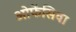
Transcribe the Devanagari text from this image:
ओफेंसिवा